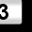
Digit: 3